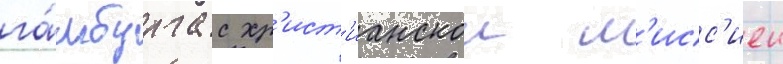
га́мбурга с хр'ист'ианскои м'исс'иеи